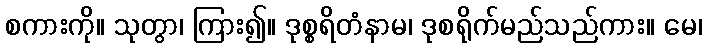
စကားကို။ သုတွာ၊ ကြား၍။ ဒုစ္စရိတံနာမ၊ ဒုစရိုက်မည်သည်ကား။ မေ၊